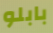
بابلو